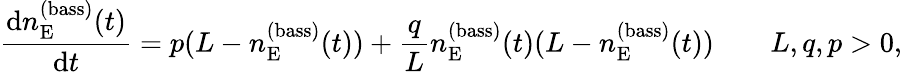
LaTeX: \frac{\mathop{}\! {\mathrm d}n_{\mathrm{E}}^{(\mathrm{bass})}(t)}{\mathop{}\! {\mathrm d}t}=p(L-n_{\mathrm{E}}^{(\mathrm{bass})}(t))+\frac{q}{L}n_{\mathrm{E}}^{(\mathrm{bass})}(t)(L-n_{\mathrm{E}}^{(\mathrm{bass})}(t))\qquad L,q,p>0,